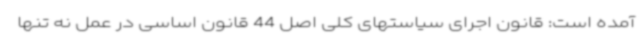
آمده است: قانون اجرای سیاستهای کلی اصل 44 قانون اساسی در عمل نه تنها